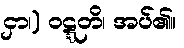
ငှာ၊) ဝဋ္ဋတိ၊ အပ်၏။